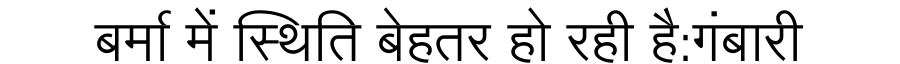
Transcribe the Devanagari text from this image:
बर्मा में स्थिति बेहतर हो रही है:गंबारी